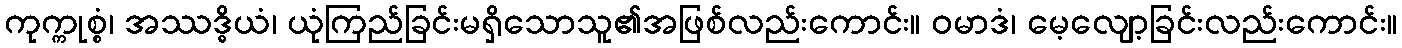
ကုက္ကုစ္စံ၊ အဿဒ္ဓိယံ၊ ယုံကြည်ခြင်းမရှိသောသူ၏အဖြစ်လည်းကောင်း။ ဝမာဒံ၊ မေ့လျော့ခြင်းလည်းကောင်း။